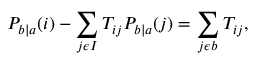
P _ { b | a } ( i ) - \sum _ { j \epsilon I } T _ { i j } P _ { b | a } ( j ) = \sum _ { j \epsilon b } T _ { i j } ,